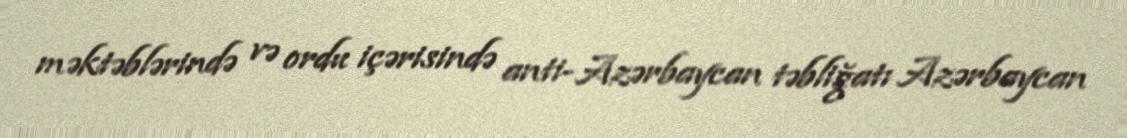
məktəblərində və ordu içərisində anti-Azərbaycan təbliğatı Azərbaycan